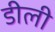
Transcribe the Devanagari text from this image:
डीली